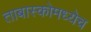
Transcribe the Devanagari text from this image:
ताबास्कोमध्येच